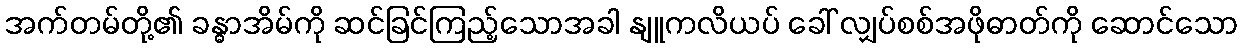
အက်တမ်တို့၏ ခန္ဓာအိမ်ကို ဆင်ခြင်ကြည့်သောအခါ နျူကလိယပ် ခေါ် လျှပ်စစ်အဖိုဓာတ်ကို ဆောင်သော